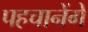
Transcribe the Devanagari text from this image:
पहचानेंगे